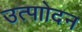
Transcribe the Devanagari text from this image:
उत्पाोदन